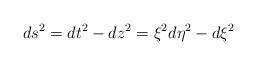
LaTeX: \begin{align*}ds^2=dt^2-dz^2=\xi^2d\eta^2-d\xi^2\end{align*}